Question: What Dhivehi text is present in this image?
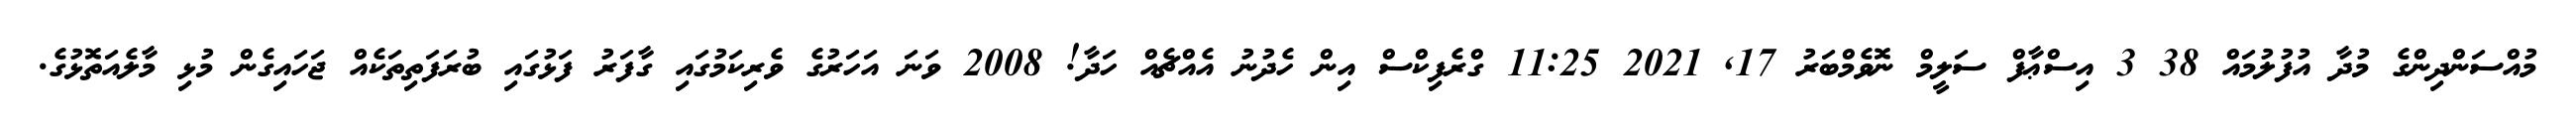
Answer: މުއްސަންދިންގެ މުދާ އުފުލުމައް 38 3 އިސްޢާފް ސަލީމް ނޮވެމްބަރު 17, 2021 11:25 ގްރެފިކްސް އިން ހެދުނު އެއްޗެއް ހަދާ! 2008 ވަނަ އަހަރުގެ ވެރިކަމުގައި ގާފަރު ފަޅުގައި ބުރަފަތިތަކެއް ޖަހައިގެން މުޅި މާލެއަތޮޅުގެ.